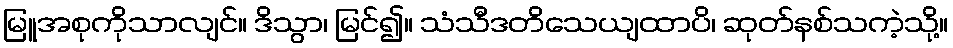
မြူအစုကိုသာလျင်။ ဒိသွာ၊ မြင်၍။ သံသီဒတိသေယျထာပိ၊ ဆုတ်နစ်သကဲ့သို့။